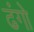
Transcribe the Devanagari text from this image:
ढंगो